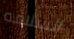
السلامه